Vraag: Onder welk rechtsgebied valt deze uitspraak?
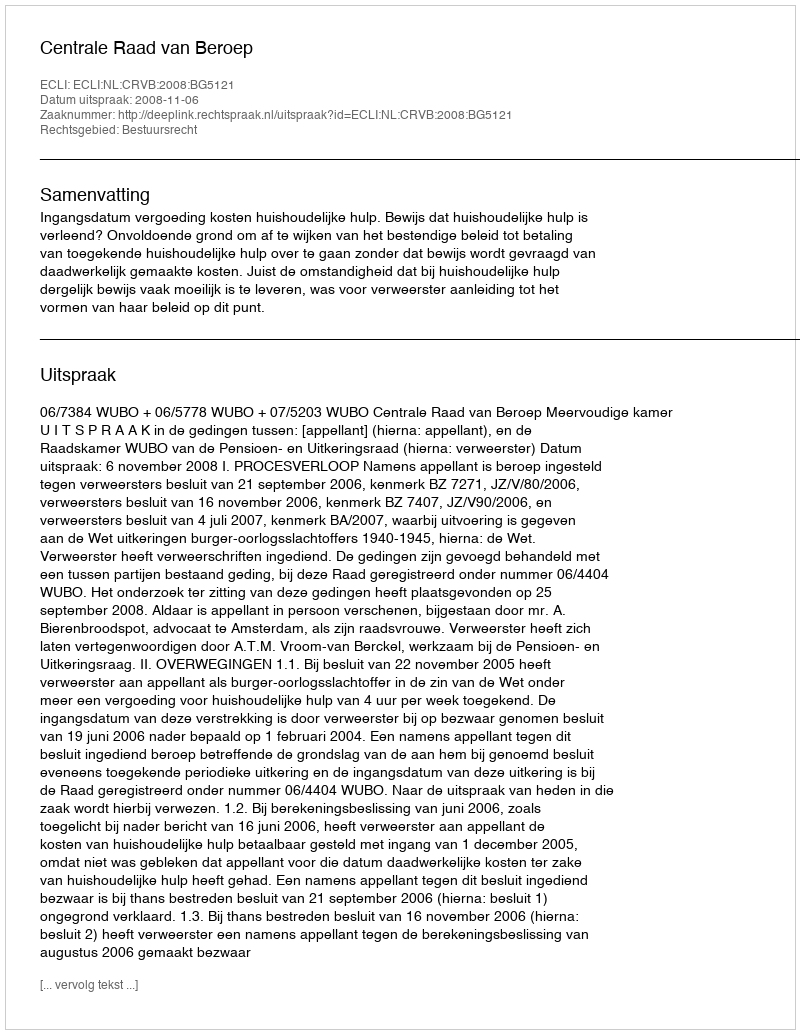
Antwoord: Bestuursrecht